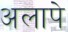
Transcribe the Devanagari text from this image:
अलापे